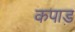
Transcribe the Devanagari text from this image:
कपाड़